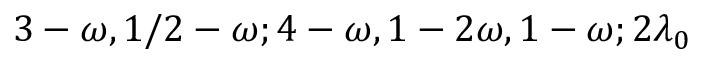
3 - \omega , 1 / 2 - \omega ; 4 - \omega , 1 - 2 \omega , 1 - \omega ; 2 \lambda _ { 0 }